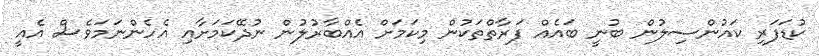
ކުޑަފަރި ކައުންސިލުން ބުނީ ބައެއް ފަރާތްތަކުން މިކަމަށް އެއްބާރުލުން ނުދޭކަމަށާއި އެހެންނަމަވެސް އެއީ